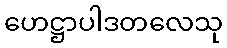
ဟေဋ္ဌာပါဒတလေသု